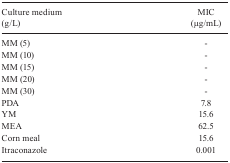
<table><thead><tr><td><b>Culturemedium (g/L)</b></td><td><b>MIC (μg/mL)</b></td></tr></thead><tbody><tr><td>MM (5)</td><td>-</td></tr><tr><td>MM (10)</td><td>-</td></tr><tr><td>MM (15)</td><td>-</td></tr><tr><td>MM (20)</td><td>-</td></tr><tr><td>MM (30)</td><td>-</td></tr><tr><td>PDA</td><td>7.8</td></tr><tr><td>YM</td><td>15.6</td></tr><tr><td>MEA</td><td>62.5</td></tr><tr><td>Corn meal</td><td>15.6</td></tr><tr><td>Itraconazole</td><td>0.001</td></tr></tbody></table>